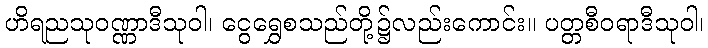
ဟိရညသုဝဏ္ဏာဒီသုဝါ၊ ငွေရွှေစသည်တို့၌လည်းကောင်း။ ပတ္တစီဝရာဒီသုဝါ၊